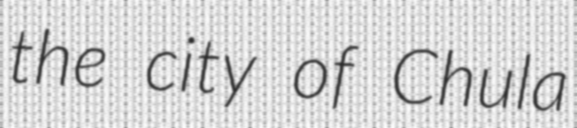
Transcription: the city of Chula